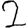
Digit: 2